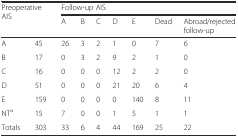
<table><thead><tr><td rowspan="2" colspan="2"><b>Preoperative AIS</b></td><td colspan="7"><b>Follow-up AIS</b></td></tr><tr><td><b>A</b></td><td><b>B</b></td><td><b>C</b></td><td><b>D</b></td><td><b>E</b></td><td><b>Dead</b></td><td><b>Abroad/rejected follow-up</b></td></tr></thead><tbody><tr><td>A</td><td>45</td><td>26</td><td>3</td><td>2</td><td>1</td><td>0</td><td>7</td><td>6</td></tr><tr><td>B</td><td>17</td><td>0</td><td>3</td><td>2</td><td>9</td><td>2</td><td>1</td><td>0</td></tr><tr><td>C</td><td>16</td><td>0</td><td>0</td><td>0</td><td>12</td><td>2</td><td>2</td><td>0</td></tr><tr><td>D</td><td>51</td><td>0</td><td>0</td><td>0</td><td>21</td><td>20</td><td>6</td><td>4</td></tr><tr><td>E</td><td>159</td><td>0</td><td>0</td><td>0</td><td>0</td><td>140</td><td>8</td><td>11</td></tr><tr><td>NT<sup>a</sup></td><td>15</td><td>7</td><td>0</td><td>0</td><td>1</td><td>5</td><td>1</td><td>1</td></tr><tr><td>Totals</td><td>303</td><td>33</td><td>6</td><td>4</td><td>44</td><td>169</td><td>25</td><td>22</td></tr></tbody></table>